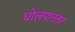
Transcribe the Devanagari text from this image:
घोलपांनंतर